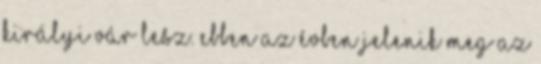
királyi vár lesz. Ebben az évben jelenik meg az